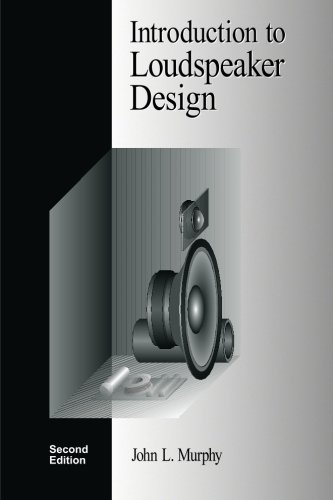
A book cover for Introduction to Loudspeaker Design: Second Edition; John L. Murphy; Science & Math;